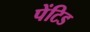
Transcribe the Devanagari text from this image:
पेंटिड